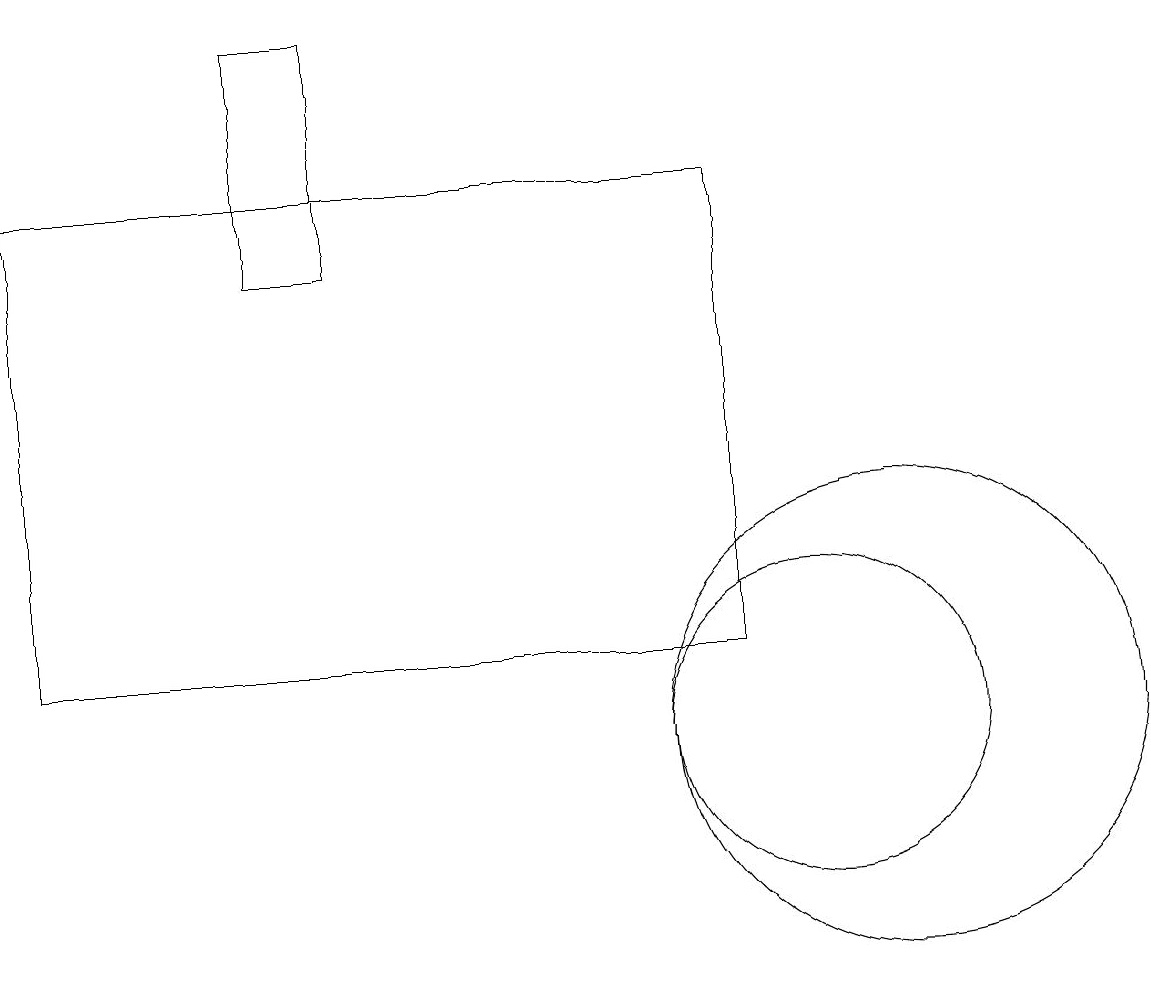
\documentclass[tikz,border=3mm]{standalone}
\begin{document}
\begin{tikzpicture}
\draw (4,16) rectangle (3,19);
\draw (10,10) circle (2);
\draw (9,17) rectangle (0,11);
\draw (11,10) circle (3);
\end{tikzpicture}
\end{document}